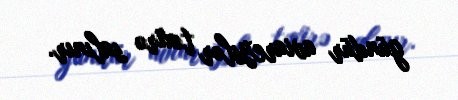
gündür aviareyslər təxirə salınır.